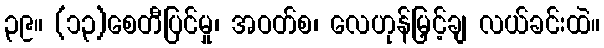
၃၉။ (၁၃)စေတီပြင်မှု၊ အဝတ်စ၊ လေဟုန်မြှင့်ချ လယ်ခင်းထဲ။